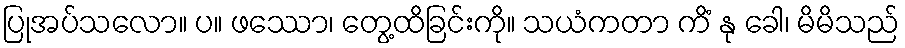
ပြုအပ်သလော။ ပ။ ဖဿော၊ တွေ့ထိခြင်းကို။ သယံကတာ ကိံ နု ခေါ၊ မိမိသည်